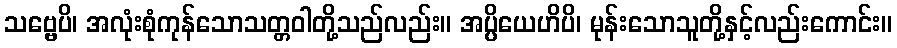
သဗ္ဗေပိ၊ အလုံးစုံကုန်သောသတ္တဝါတို့သည်လည်း။ အပ္ပိယေဟိပိ၊ မုန်းသောသူတို့နှင့်လည်းကောင်း။